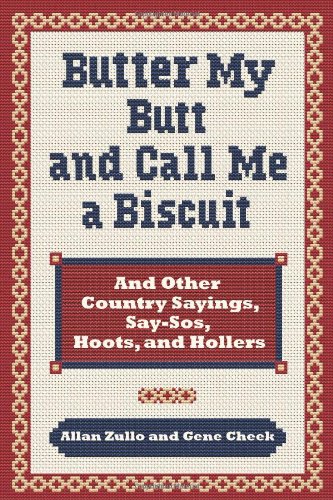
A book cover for Butter My Butt and Call Me a Biscuit: And Other Country Sayings, Say-So's, Hoots and Hollers; Allan Zullo; Reference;